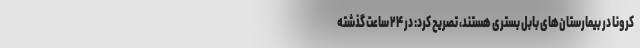
کرونا در بیمارستان‌های بابل بسترى هستند، تصریح کرد: در ۲۴ ساعت گذشته